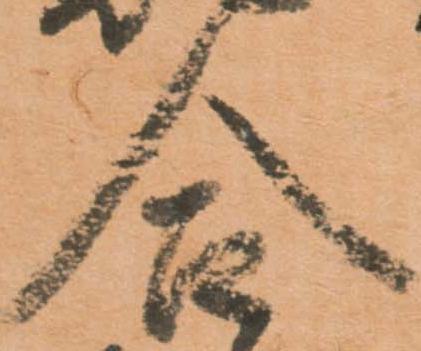
合